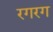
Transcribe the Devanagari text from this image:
रगरग